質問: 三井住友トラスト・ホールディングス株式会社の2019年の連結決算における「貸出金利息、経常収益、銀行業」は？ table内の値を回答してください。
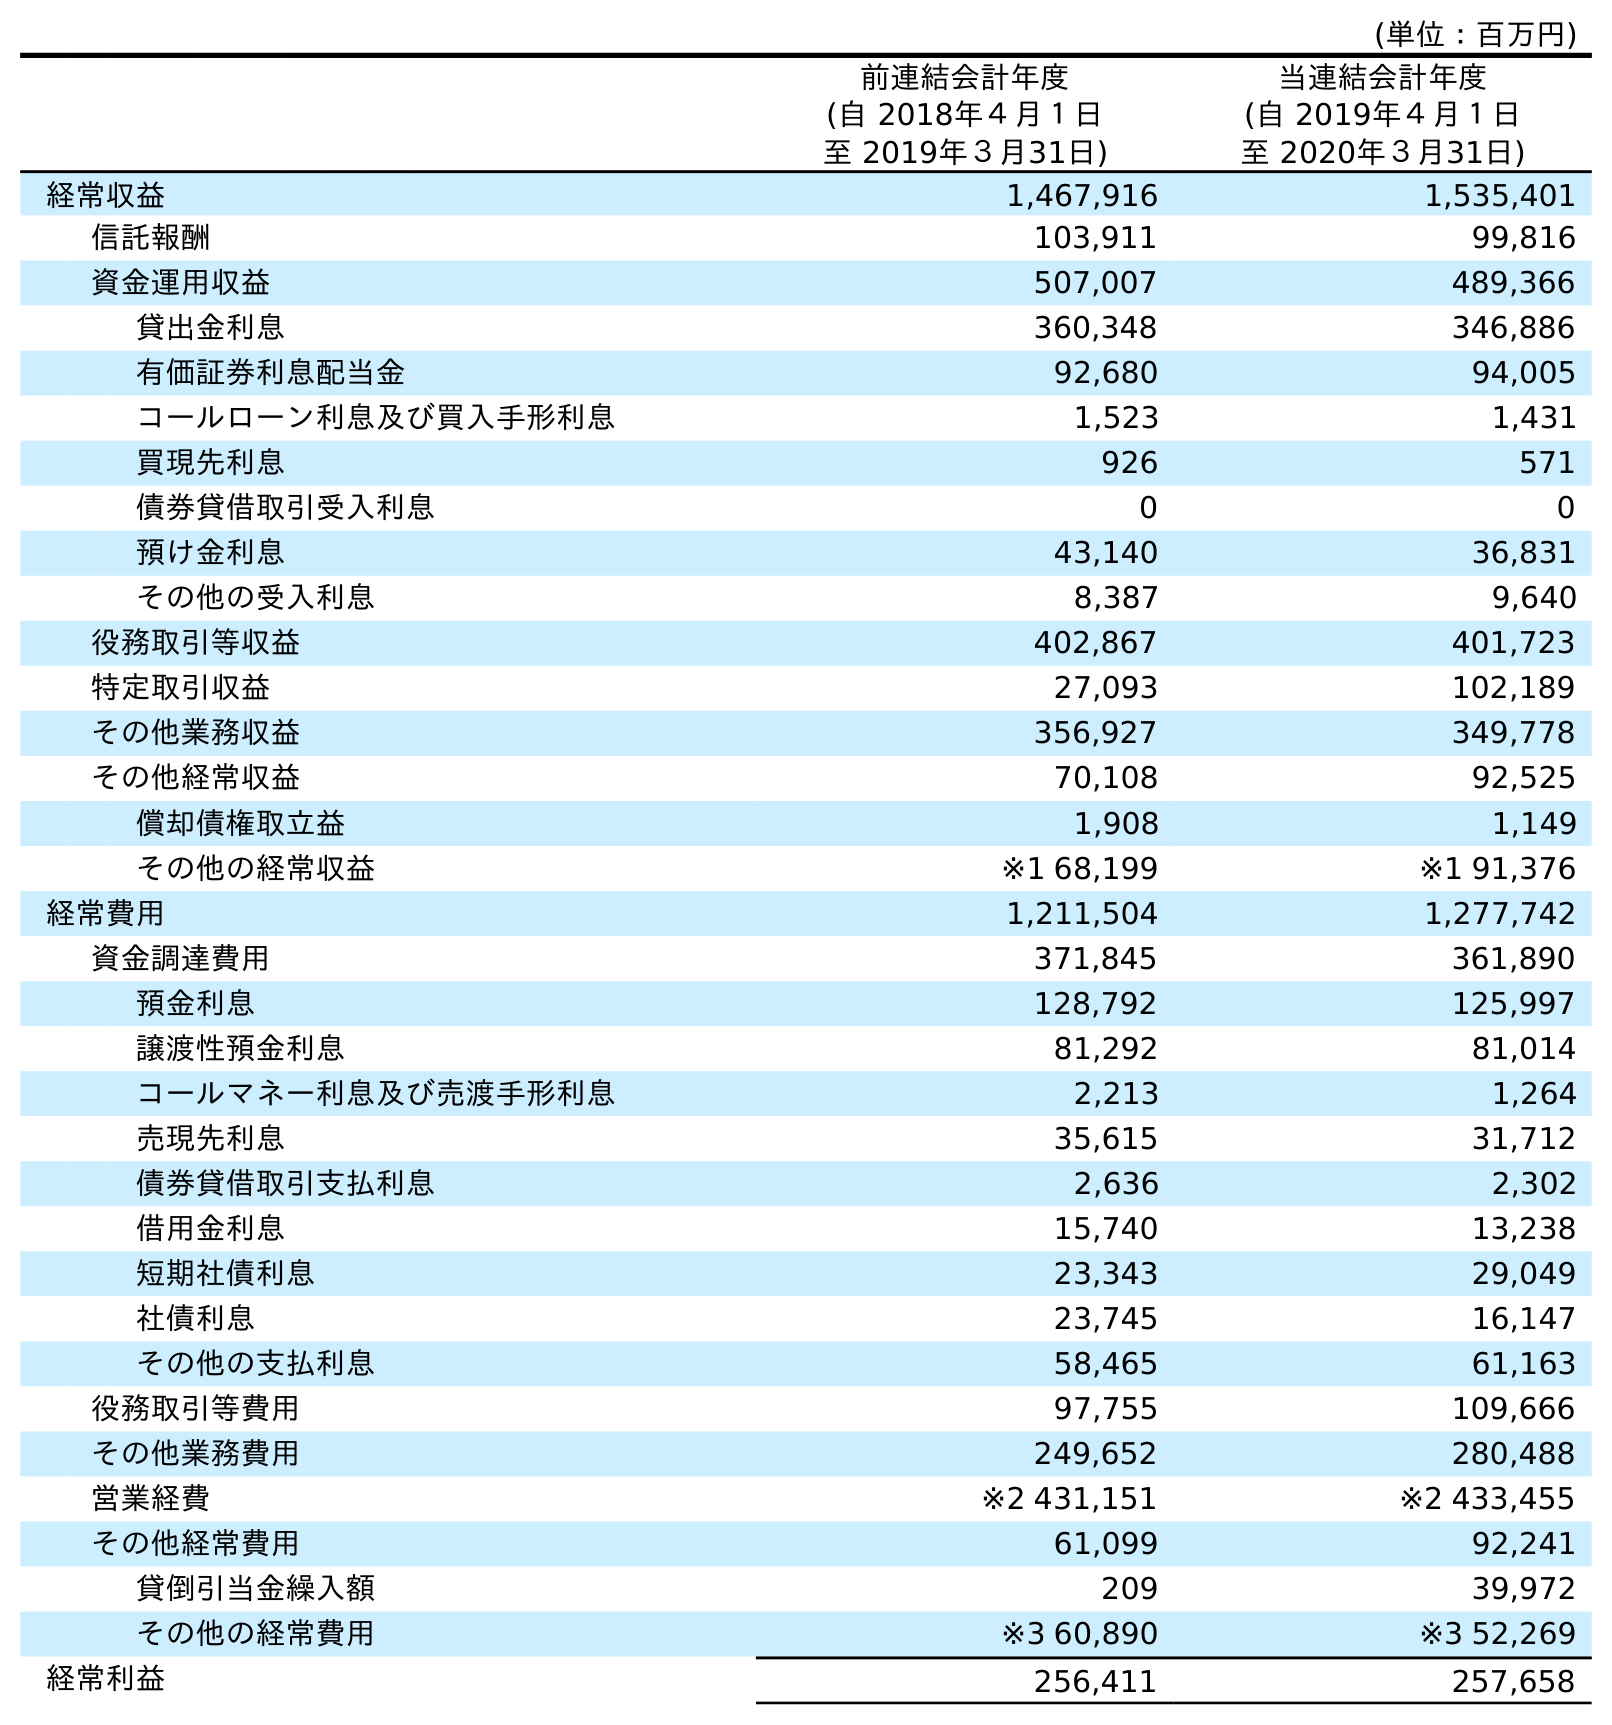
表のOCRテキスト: (単位：百万円) 前連結会計年度 (自 2018年４月１日 至 2019年３月31日) 当連結会計年度 (自 2019年４月１日 至 2020年３月31日) 経常収益 1,467,916 1,535,401 信託報酬 103,911 99,816 資金運用収益 507,007 489,366 貸出金利息 360,348 346,886 有価証券利息配当金 92,680 94,005 コールローン利息及び買入手形利息 1,523 1,431 買現先利息 926 571 債券貸借取引受入利息 0 0 預け金利息 43,140 36,831 その他の受入利息 8,387 9,640 役務取引等収益 402,867 401,723 特定取引収益 27,093 102,189 その他業務収益 356,927 349,778 その他経常収益 70,108 92,525 償却債権取立益 1,908 1,149 その他の経常収益 ※1 68,199 ※1 91,376 経常費用 1,211,504 1,277,742 資金調達費用 371,845 361,890 預金利息 128,792 125,997 譲渡性預金利息 81,292 81,014 コールマネー利息及び売渡手形利息 2,213 1,264 売現先利息 35,615 31,712 債券貸借取引支払利息 2,636 2,302 借用金利息 15,740 13,238 短期社債利息 23,343 29,049 社債利息 23,745 16,147 その他の支払利息 58,465 61,163 役務取引等費用 97,755 109,666 その他業務費用 249,652 280,488 営業経費 ※2 431,151 ※2 433,455 その他経常費用 61,099 92,241 貸倒引当金繰入額 209 39,972 その他の経常費用 ※3 60,890 ※3 52,269 経常利益 256,411 257,658
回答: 360,348